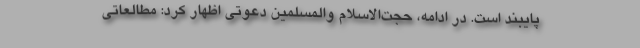
پایبند است. در ادامه، حجت‌الاسلام والمسلمین دعوتی اظهار کرد: مطالعاتی